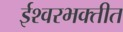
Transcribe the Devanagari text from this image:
ईश्वरभक्तीत